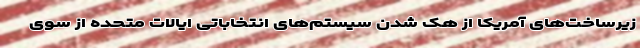
زیرساخت‌های آمریکا از هک شدن سیستم‌های انتخاباتی ایالات متحده از سوی